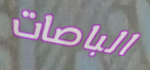
الباصات